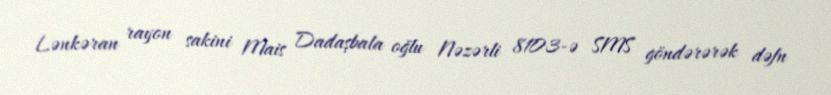
Lənkəran rayon sakini Mais Dadaşbala oğlu Nəzərli 8103-ə SMS göndərərək dəfn